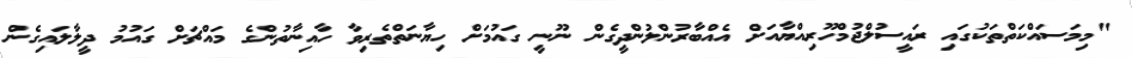
"މިމަސައްކަތްތަކުގައި ރައީސުލްޖުމްހޫރިއްޔާއަށް އެއްބާރުންލުންދީގެން ނޫނީ ގައުމަށް ހިޔާނަތްތެރިވާ ހާއިނާތުންގެ މައްޗަށް ގައުމު ދީލާލައިގެން